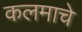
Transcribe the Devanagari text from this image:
कलमाचे